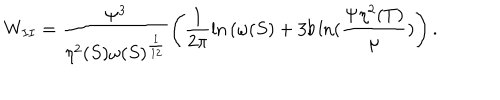
W _ { I I } = \frac { { \Psi } ^ { 3 } } { \eta ^ { 2 } ( S ) { \omega ( S ) } ^ { \frac { 1 } { 1 2 } } } \left( \frac { 1 } { 2 \pi } { \ln { ( \omega ( S ) } } + 3 b \ln ( \frac { \Psi \eta ^ { 2 } ( T ) } { \mu } ) \right) .